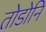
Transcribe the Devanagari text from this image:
तोडोनि